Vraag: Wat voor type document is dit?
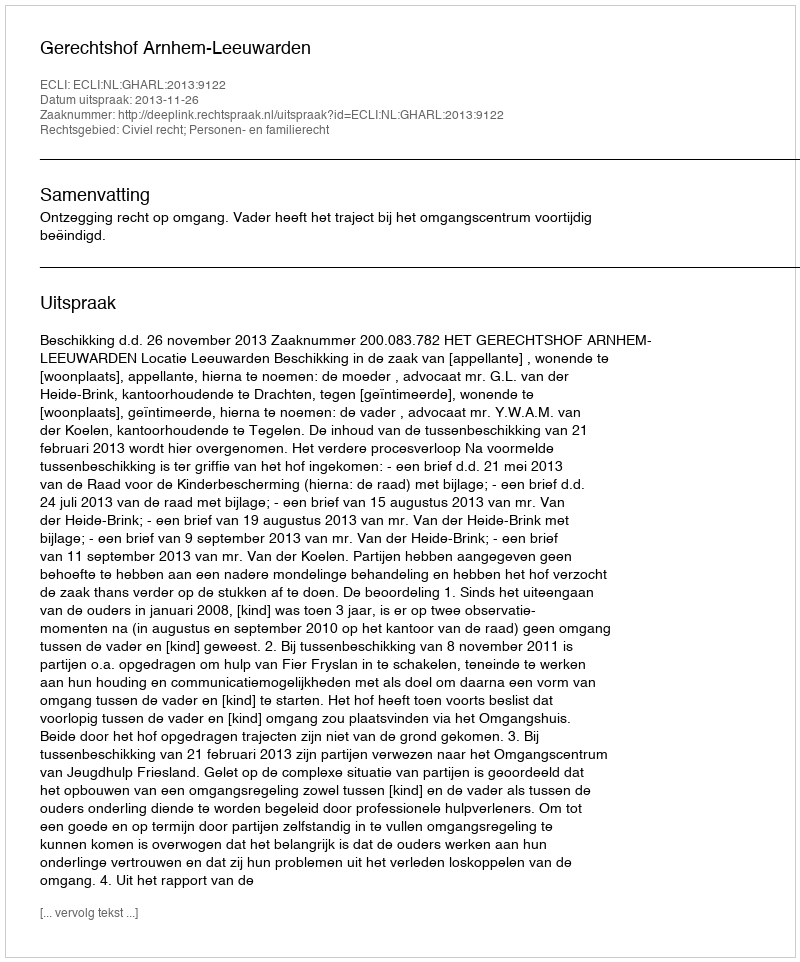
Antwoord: Uitspraak